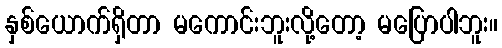
နှစ်ယောက်ရှိတာ မကောင်းဘူးလို့တော့ မပြောပါဘူး။